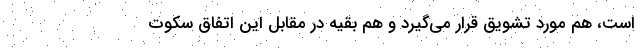
است، هم مورد تشویق قرار می‌گیرد و هم بقیه در مقابل این اتفاق سکوت